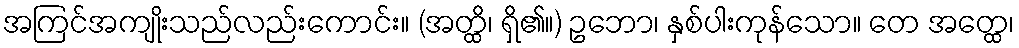
အကြင်အကျိုးသည်လည်းကောင်း။ (အတ္ထိ၊ ရှိ၏။) ဥဘော၊ နှစ်ပါးကုန်သော။ တေ အတ္ထေ၊